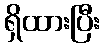
ရှိထားပြီး